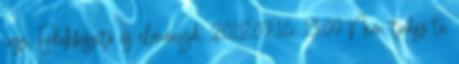
írsz. Érdekfeszítő és élményd. 2012.07.16. 13:09 Nem tudsz te